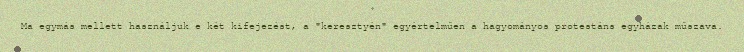
Ma egymás mellett használjuk e két kifejezést, a "keresztyén" egyértelműen a hagyományos protestáns egyházak műszava.